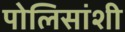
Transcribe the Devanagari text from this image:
पोलिसांशी